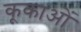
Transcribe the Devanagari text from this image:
कूकाओं